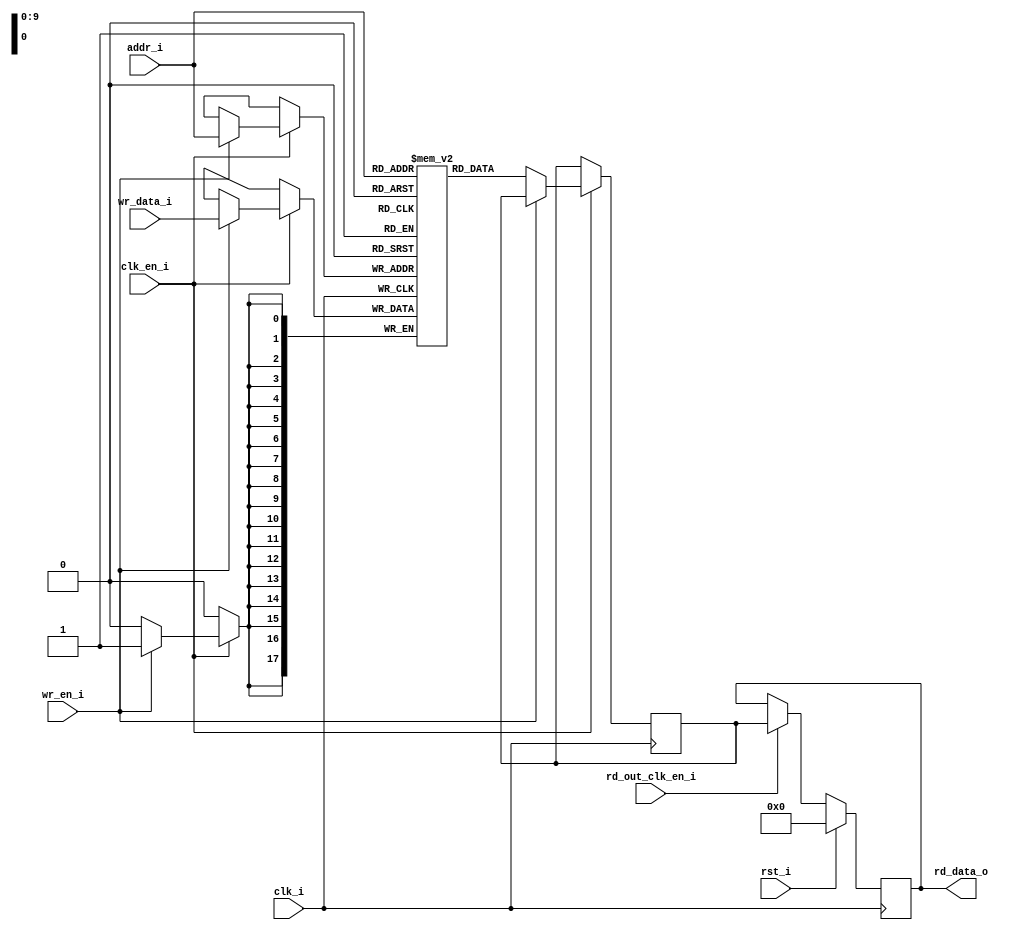
// =============================================================================
// >>>>>>>>>>>>>>>>>>>>>>>>> COPYRIGHT NOTICE <<<<<<<<<<<<<<<<<<<<<<<<<<<<<<<<<<
// -----------------------------------------------------------------------------
//   Copyright (c) 2017 by Lattice Semiconductor Corporation
//   ALL RIGHTS RESERVED
// -----------------------------------------------------------------------------
//
//   Permission:
//
//      Lattice SG Pte. Ltd. grants permission to use this code
//      pursuant to the terms of the Lattice Reference Design License Agreement.
//
//
//   Disclaimer:
//
//      This VHDL or Verilog source code is intended as a design reference
//      which illustrates how these types of functions can be implemented.
//      It is the user's responsibility to verify their design for
//      consistency and functionality through the use of formal
//      verification methods.  Lattice provides no warranty
//      regarding the use or functionality of this code.
//
// -----------------------------------------------------------------------------
//
//                  Lattice SG Pte. Ltd.
//                  101 Thomson Road, United Square #07-02
//                  Singapore 307591
//
//
//                  TEL: 1-800-Lattice (USA and Canada)
//                       +65-6631-2000 (Singapore)
//                       +1-503-268-8001 (other locations)
//
//                  web: http://www.latticesemi.com/
//
// -----------------------------------------------------------------------------
//
// =============================================================================
//                         FILE DETAILS
// Project               : iCE40 UltraPlus
// Title                 :
// Dependencies          : 
// Description           : Implements a RAM using EBR (Embedded Block RAM).
//                       : Can support registered and unregistered outputs.
// =============================================================================
//                        REVISION HISTORY
// Version               : 1.0.0.
// Author(s)             :
// Mod. Date             :
// Changes Made          : Initial release.
// =============================================================================

`ifndef LSCC_RAM_DQ
`define LSCC_RAM_DQ
module lscc_ram_dq #
(
parameter                    ADDR_DEPTH       = 1024,
parameter                    ADDR_WIDTH       = clog2(ADDR_DEPTH),
parameter                    DATA_WIDTH       = 18,
parameter                    REGMODE          = "reg",
parameter                    GSR              = "",
parameter                    RESETMODE        = "sync",
parameter                    OPTIMIZATION     = "",
parameter                    INIT_FILE        = "none",
parameter                    INIT_FILE_FORMAT = "binary",
parameter                    WRITE_MODE       = "normal",
parameter                    FAMILY           = "",
parameter                    MODULE_TYPE      = "ram_dq",
parameter                    INIT_MODE        = "none",
parameter                    BYTE_ENABLE      = 0,
parameter                    BYTE_SIZE        = 8,
parameter                    BYTE_WIDTH       = 0,
parameter                    PIPELINES        = 0,
parameter                    ECC_ENABLE       = ""
)
// -----------------------------------------------------------------------------
// Input/Output Ports
// -----------------------------------------------------------------------------
(
input                        clk_i,
input                        rst_i,
input                        clk_en_i,
input                        rd_out_clk_en_i,

input                        wr_en_i,
input [DATA_WIDTH-1:0]       wr_data_i,
input [ADDR_WIDTH-1:0]       addr_i,

output reg [DATA_WIDTH-1:0]  rd_data_o
);

// -----------------------------------------------------------------------------
// Local Parameters
// -----------------------------------------------------------------------------
// Memory size = (addr_depth x data_width)
localparam                   MEM_DEPTH = (DATA_WIDTH * (1 << ADDR_WIDTH));

// -----------------------------------------------------------------------------
// Register Declarations
// -----------------------------------------------------------------------------
reg [DATA_WIDTH-1:0]         dataout_reg;
reg [DATA_WIDTH-1:0]         mem[2 ** ADDR_WIDTH-1:0] /* synthesis syn_ramstyle="rw_check" */; 

// -----------------------------------------------------------------------------
// Initial Block
// -----------------------------------------------------------------------------
initial begin
  if (INIT_MODE == "mem_file" && INIT_FILE != "none") begin
    if (INIT_FILE_FORMAT == "hex") begin
      $readmemh(INIT_FILE, mem);
    end
    else begin
      $readmemb(INIT_FILE, mem);
    end           
  end
end

// -----------------------------------------------------------------------------
// Generate Sequential Blocks
// -----------------------------------------------------------------------------
generate 
  if (REGMODE == "noreg") begin  

    always @(posedge clk_i) begin
      if (clk_en_i == 1'b1) begin
        if (wr_en_i == 1'b1) begin
          mem[addr_i] <= wr_data_i; 
        end 
      end
    end 

    always @(posedge clk_i) begin
	  if (clk_en_i == 1'b1) begin
        if (wr_en_i == 1'b0) begin
          rd_data_o <= mem[addr_i]; 
        end
	  end
    end

  end //if (REGMODE == "noreg")
endgenerate

generate
  if (REGMODE == "reg") begin

    always @(posedge clk_i) begin
      if (clk_en_i == 1'b1) begin
        if (wr_en_i == 1'b1) begin
          mem[addr_i] <= wr_data_i; 
        end 
      end
    end 

    always @(posedge clk_i) begin
	  if (clk_en_i == 1'b1) begin
        if (wr_en_i == 1'b0) begin
          dataout_reg <= mem[addr_i]; 
        end
	  end
    end
  
    if (RESETMODE == "sync") begin
	
      always @ (posedge clk_i) begin
        if (rst_i == 1'b1) begin
          rd_data_o <= 'h0;
        end
        else if (rd_out_clk_en_i == 1'b1) begin
          rd_data_o <= dataout_reg; 
        end    
      end
	
	end //if (RESETMODE == "async")
	
	if (RESETMODE == "async") begin
	
	  always @ (posedge clk_i or posedge rst_i) begin
        if (rst_i == 1'b1) begin
          rd_data_o <= 'h0;
        end
        else if (rd_out_clk_en_i == 1'b1) begin
          rd_data_o <= dataout_reg; 
        end    
      end
	
	end //if (RESETMODE == "async")
	
  end //if(REGMODE == "reg") 
endgenerate  

//------------------------------------------------------------------------------
// Function Definition
//------------------------------------------------------------------------------
function [31:0] clog2;
  input [31:0] value;
  reg   [31:0] num;
  begin
    num = value - 1;
    for (clog2=0; num>0; clog2=clog2+1) num = num>>1;
  end
endfunction

endmodule
//=============================================================================
// lscc_ram_dq.v
// Local Variables:
// verilog-library-directories: ("../../common")
// End:
//=============================================================================
`endif